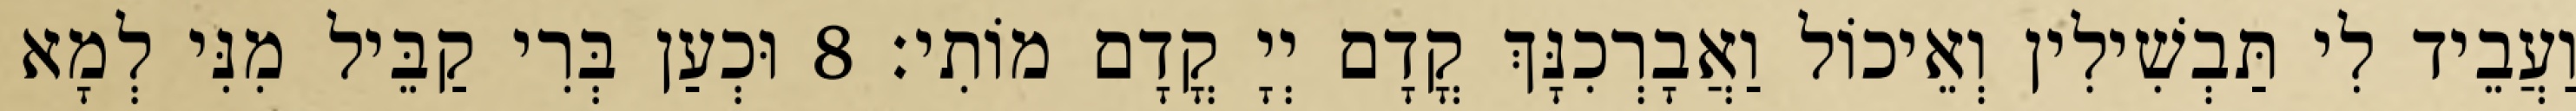
וַעֲבֵיד לִי תַּבְשִׁילִין וְאֵיכוֹל וַאֲבָרְכִנָּךְ קֳדָם יְיָ קֳדָם מוֹתִי׃ 8 וּכְעַן בְּרִי קַבֵּיל מִנִּי לְמָא